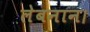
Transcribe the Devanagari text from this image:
लेबनान।